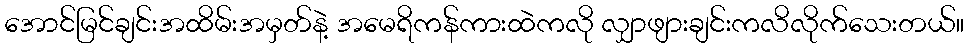
အောင်မြင်ချင်းအထိမ်းအမှတ်နဲ့ အမေရိကန်ကားထဲကလို လျှာဖျားချင်းကလိလိုက်သေးတယ်။